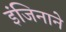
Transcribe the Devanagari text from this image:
इंजिनाने